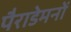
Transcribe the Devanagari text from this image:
पैराडेमनों